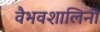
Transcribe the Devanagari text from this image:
वैभवशालिनी